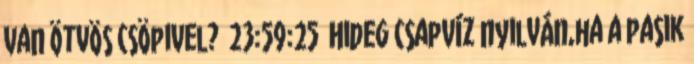
van ötvös csöpivel? 23:59:25 Hideg csapvíz nyilván,ha a pasik